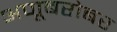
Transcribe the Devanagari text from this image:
अणूबरोबर